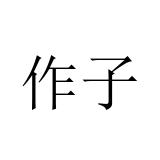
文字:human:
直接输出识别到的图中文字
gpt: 作子